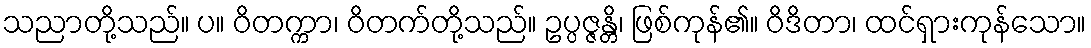
သညာတို့သည်။ ပ။ ဝိတက္ကာ၊ ဝိတက်တို့သည်။ ဥပ္ပဇ္ဇန္တိ၊ ဖြစ်ကုန်၏။ ဝိဒိတာ၊ ထင်ရှားကုန်သော။